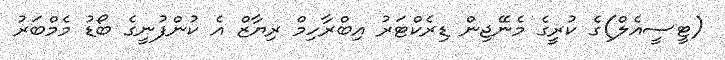
(ޓީސީއެލް)ގެ ކުރީގެ މެނޭޖިން ޑިރެކްޓަރު އިބްރާހިމް ރިޔާޒް އެ ކުންފުނީގެ ބޯޑު މެމްބަރު